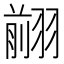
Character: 𦑦